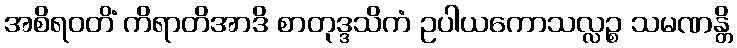
အစိရဝတိံ ကိရာတိအာဒိ စာတုဒ္ဒသိကံ ဥပါယကောသလ္လဉ္စ သမဏန္တိ